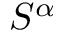
S ^ { \alpha }